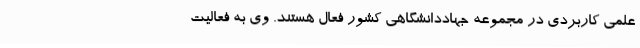
علمی کاربردی در مجموعه جهاددانشگاهی کشور فعال هستند. وی به فعالیت